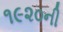
૧૯૨૦ની